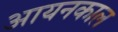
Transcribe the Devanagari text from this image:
आयनकाल